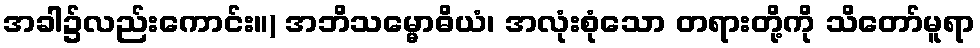
အခါ၌လည်းကောင်း။) အဘိသမ္မောဓိယံ၊ အလုံးစုံသော တရားတို့ကို သိတော်မူရာ